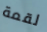
لقمة